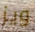
ويز